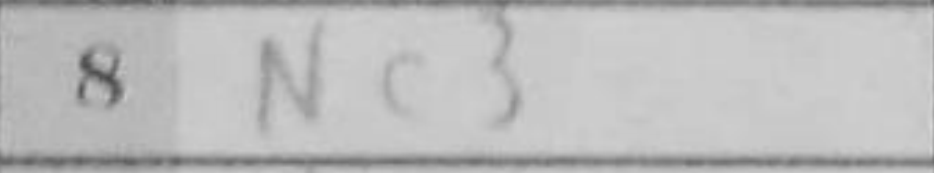
Transcription: Nc3